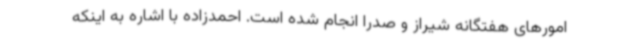
امورهای هفتگانه شیراز و صدرا انجام شده است. احمدزاده با اشاره به اینکه